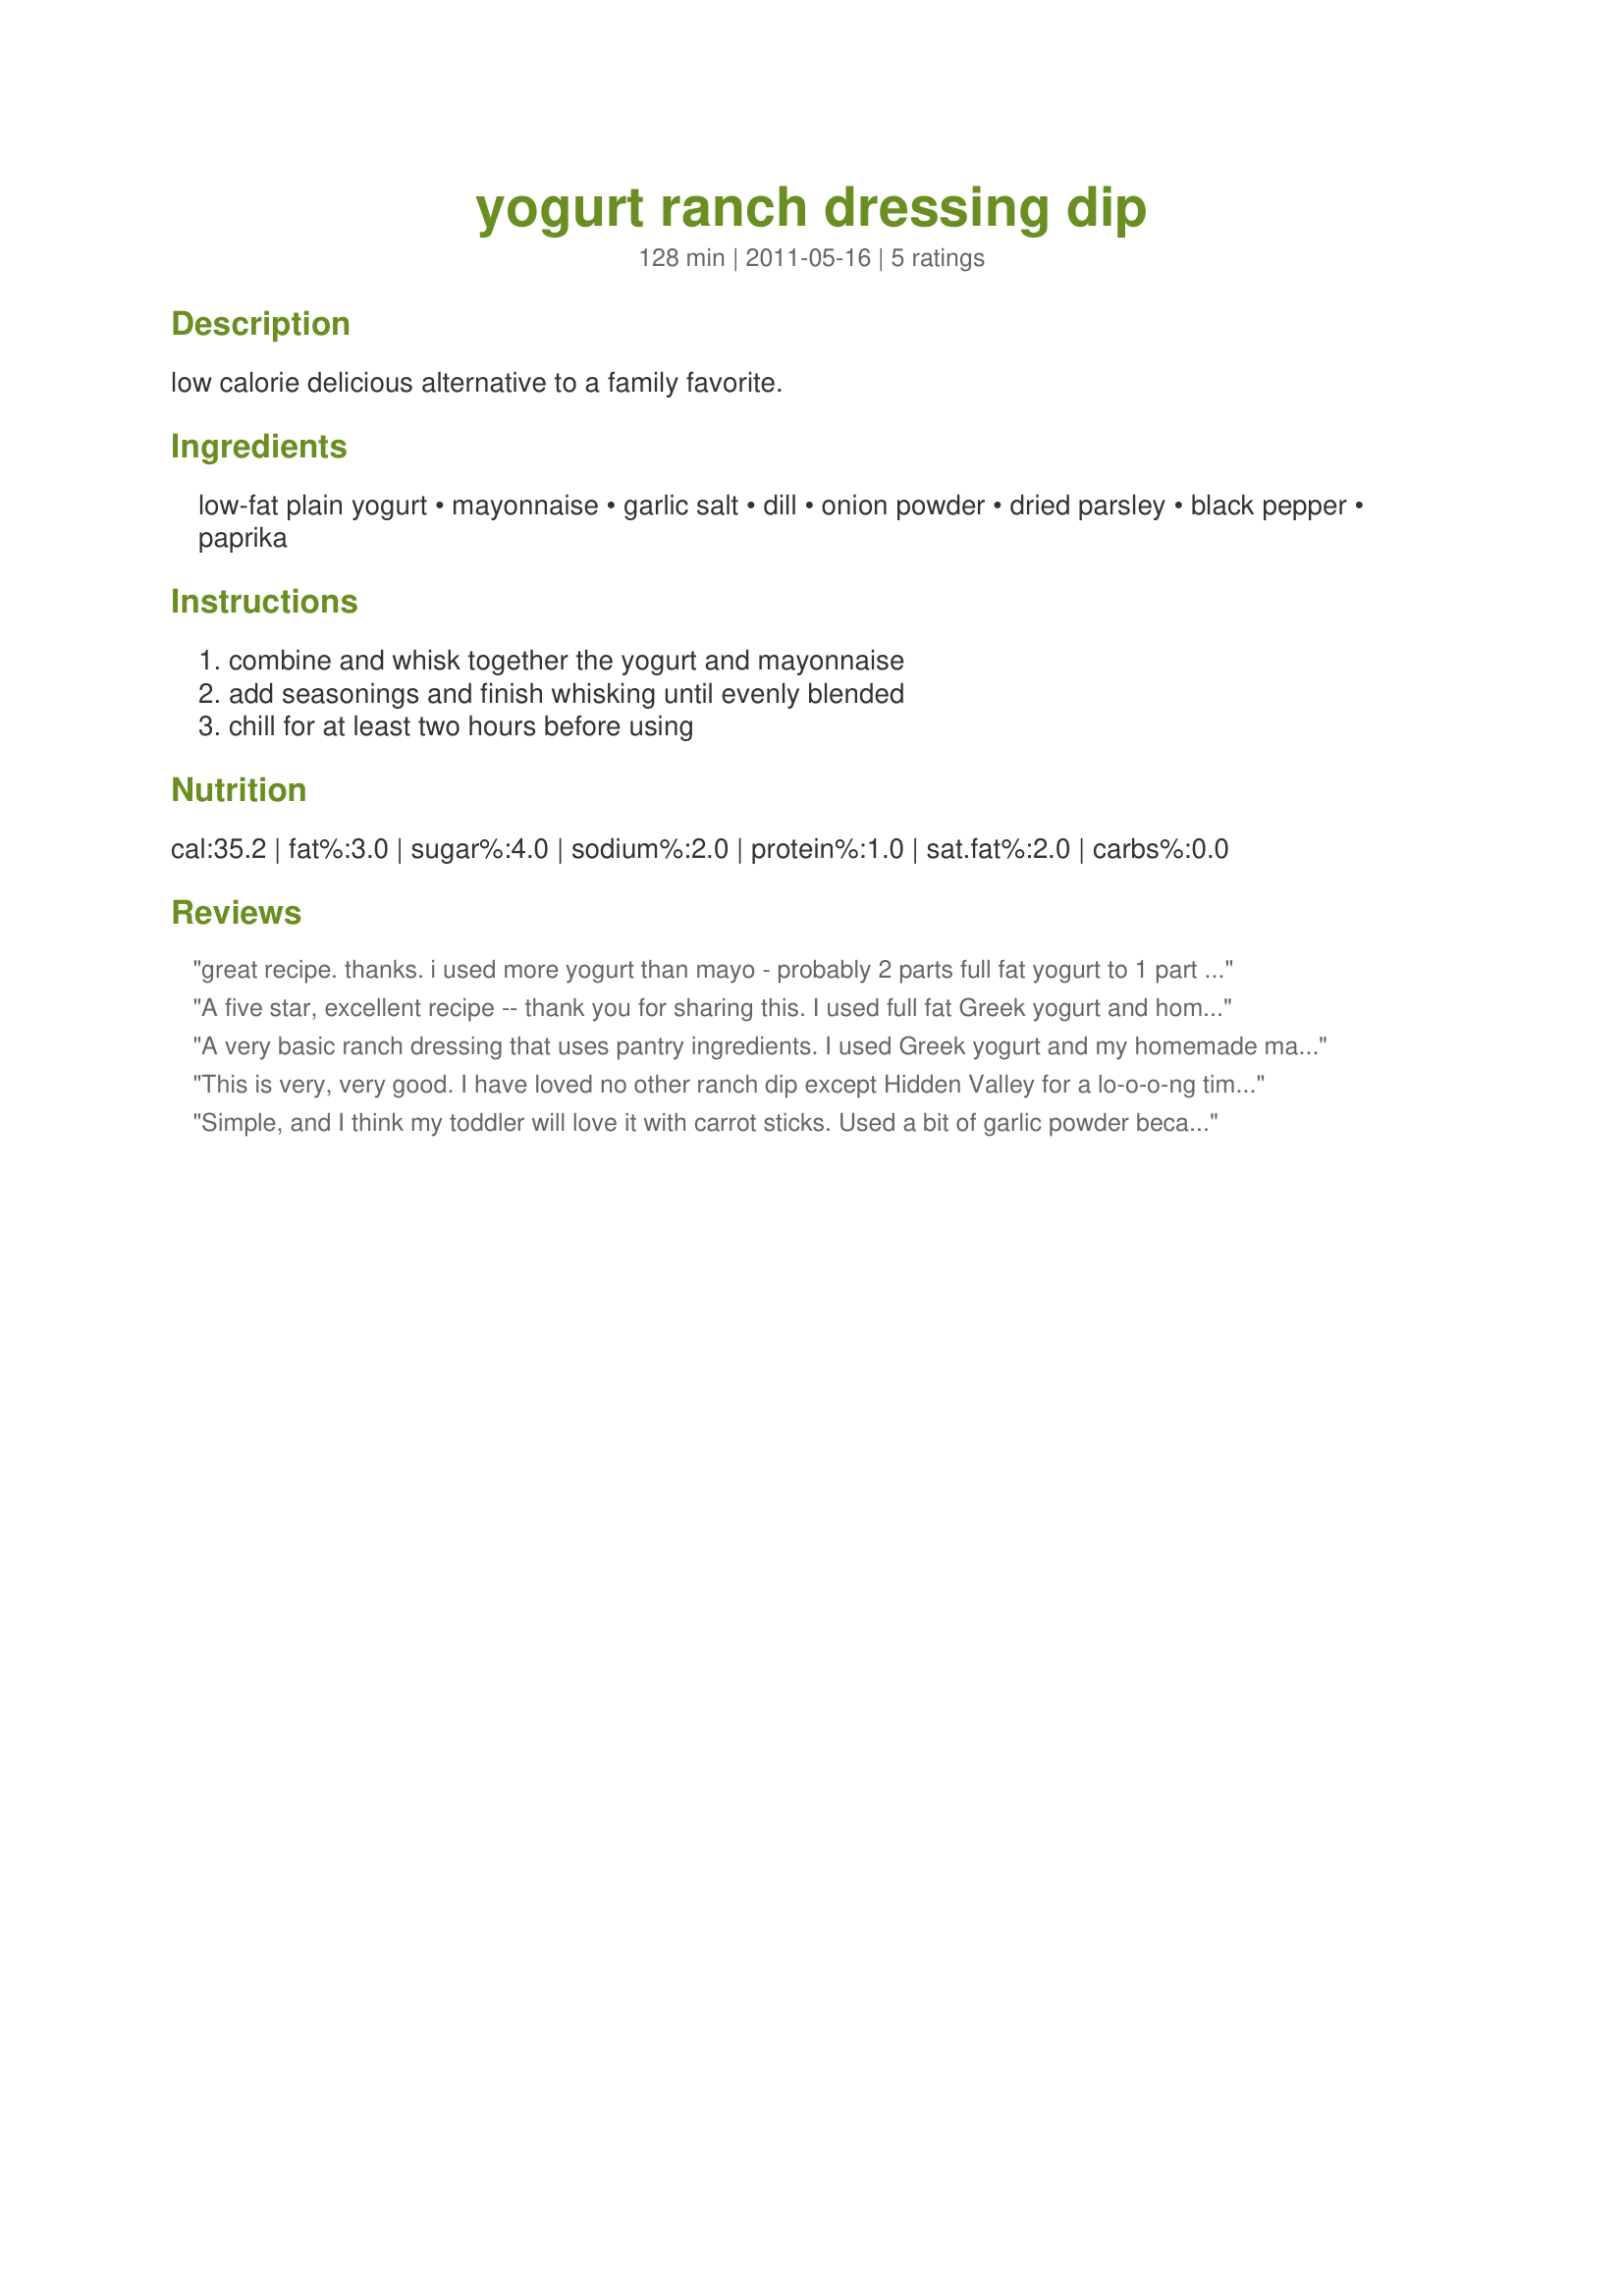
yogurt ranch dressing dip
Preparation time: 128 minutes

low calorie delicious alternative to a family favorite.

Ingredients:
low-fat plain yogurt, mayonnaise, garlic salt, dill, onion powder, dried parsley, black pepper, paprika

Steps:
combine and whisk together the yogurt and mayonnaise, add seasonings and finish whisking until evenly blended, chill for at least two hours before using

Reviews:
great recipe. thanks. i used more yogurt than mayo - probably 2 parts full fat yogurt to 1 part mayo. still came out great. &lt;br/&gt;fantastic idea!!! &lt;br/&gt;my kids loved it too.
A five star, excellent recipe -- thank you for sharing this. I used full fat Greek yogurt and homemade aioli instead of mayo and it was amazing!
A very basic ranch dressing that uses pantry ingredients. I used Greek yogurt and my homemade mayonnaise. It does produce a nice thick product. Made for PAC Fall 2011.
This is very, very good. I have loved no other ranch dip except Hidden Valley for a lo-o-o-ng time. But not so healthy. I made this recipe with 1 part mayo to 3 parts yogurt and it is really good! I think I can make the switch. The only downside is it leaves a stronger garlic aftertaste, but it&#039;s better than a lack of flavor.
Simple, and I think my toddler will love it with carrot sticks. Used a bit of garlic powder because I didn't have the garlic salt, then added a pinch of salt. Worked great. Thanks!
